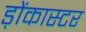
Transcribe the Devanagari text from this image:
ड़ोंकास्टर